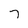
Character: 7